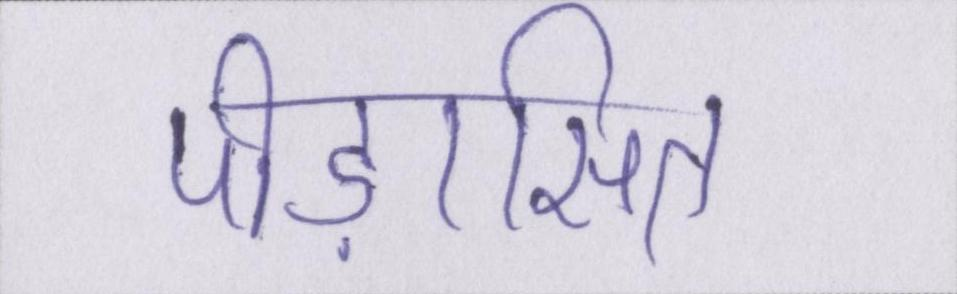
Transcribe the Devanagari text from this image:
पीड़ासित